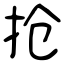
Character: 抢